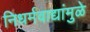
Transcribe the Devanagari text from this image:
निधर्मवाद्यांमुळे